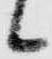
候